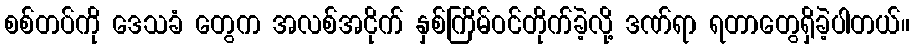
စစ်တပ်ကို ဒေသခံ တွေက အလစ်အငိုက် နှစ်ကြိမ်ဝင်တိုက်ခဲ့လို့ ဒဏ်ရာ ရတာတွေရှိခဲ့ပါတယ်။